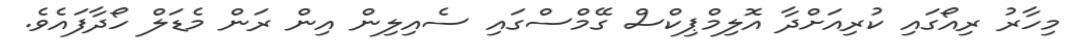
މިހާރު ރިއޯގައި ކުރިއަށްދާ އޮލިމްޕިކްސް ގޭމްސްގައި ސެއިލިން އިން ރަން މެޑަލް ހޯދާފައެވެ.